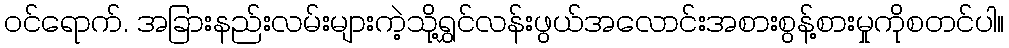
ဝင်ရောက်. အခြားနည်းလမ်းများကဲ့သို့ရွှင်လန်းဖွယ်အလောင်းအစားစွန့်စားမှုကိုစတင်ပါ။